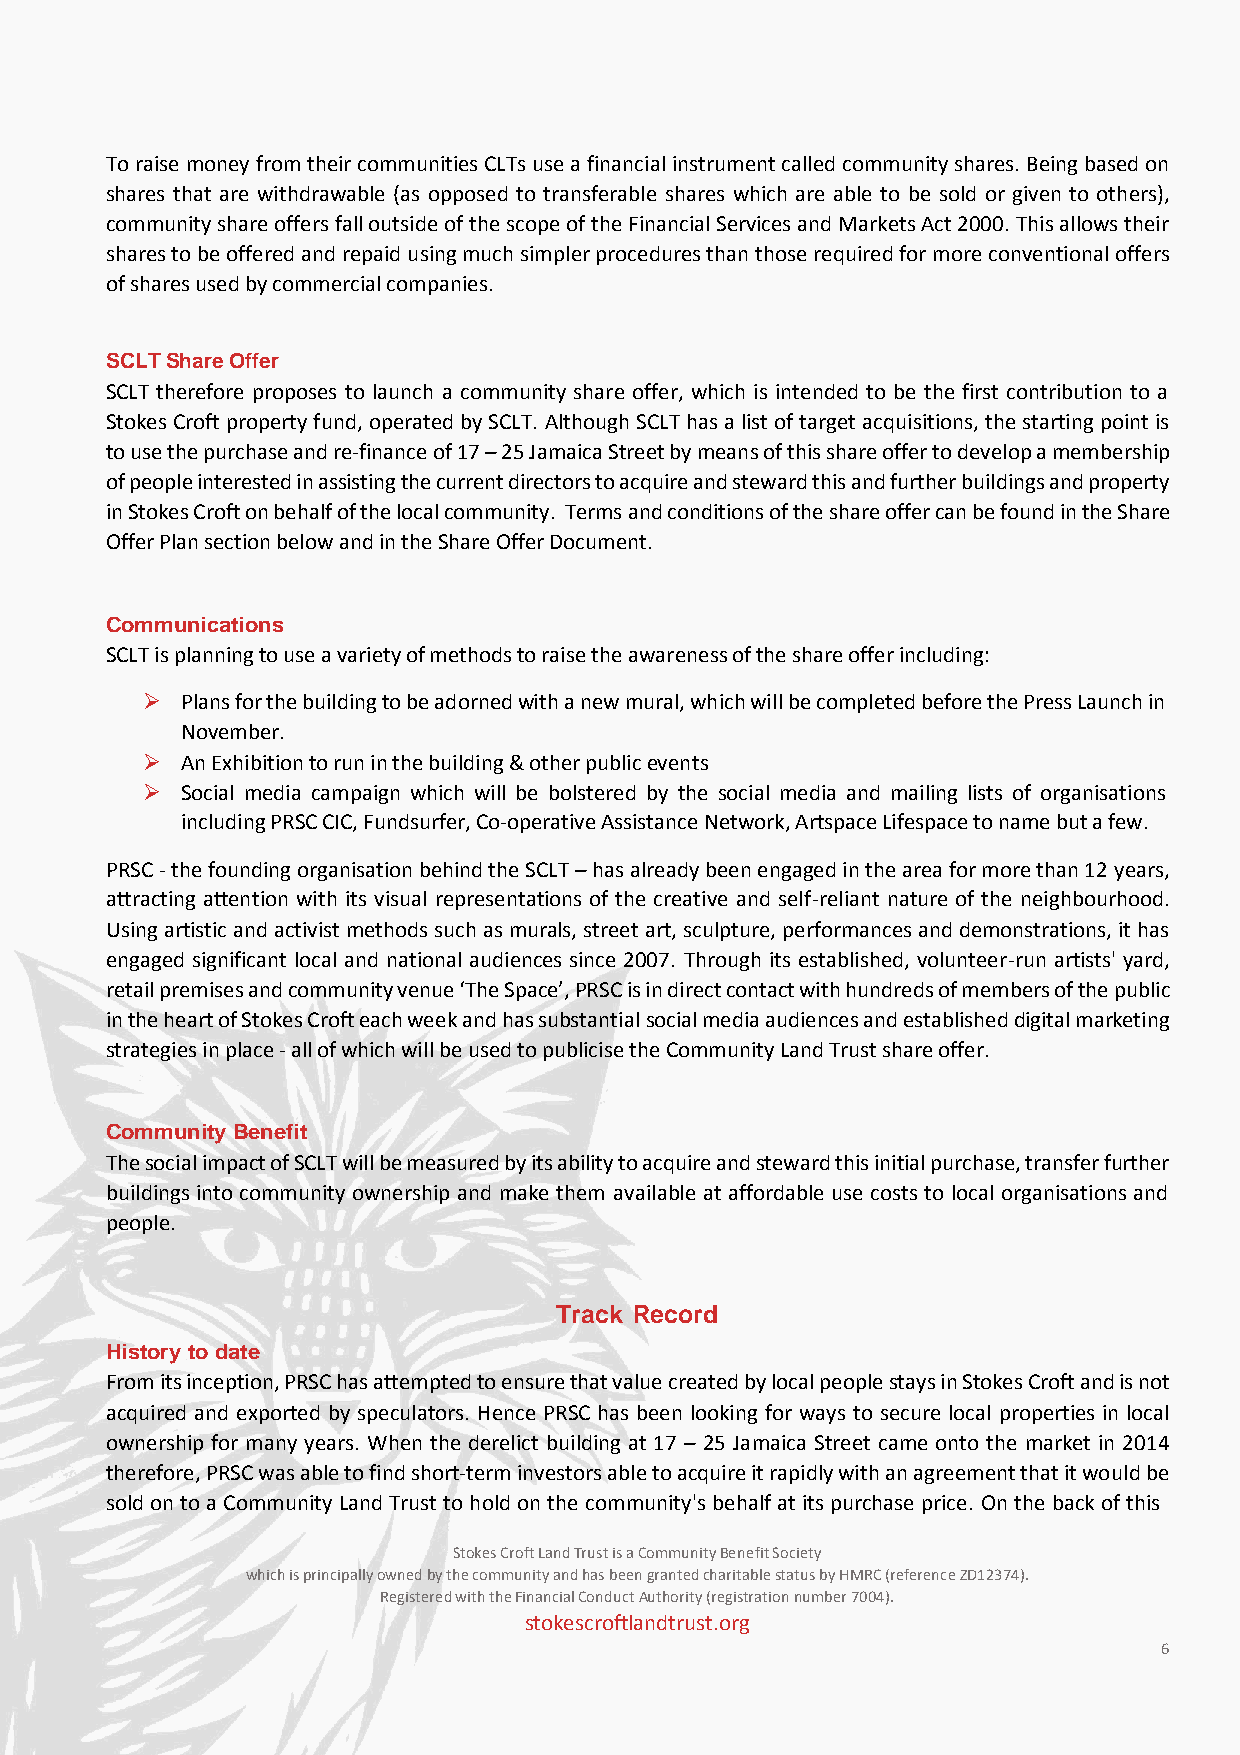
To raise money from their communities CLTs use a financial instrument called community shares. Being based on
 shares that are withdrawable (as opposed to transferable shares which are able to be sold or given to others),
 community share offers fall outside of the scope of the Financial Services and Markets Act 2000. This allows their
 shares to be offered and repaid using much simpler procedures than those required for more conventional offers
 of shares used by commercial companies.
 SCLT Share Offer
 SCLT therefore proposes to launch a community share offer, which is intended to be the first contribution to a
 Stokes Croft property fund, operated by SCLT. Although SCLT has a list of target acquisitions, the starting point is
 to use the purchase and re-finance of 17 – 25 Jamaica Street by means of this share offer to develop a membership
 of people interested in assisting the current directors to acquire and steward this and further buildings and property
 in Stokes Croft on behalf of the local community. Terms and conditions of the share offer can be found in the Share
 Offer Plan section below and in the Share Offer Document.
 Communications
 SCLT is planning to use a variety of methods to raise the awareness of the share offer including:
 ➢  Plans for the building to be adorned with a new mural, which will be completed before the Press Launch in
 November.
 ➢  An Exhibition to run in the building & other public events
 ➢  Social media campaign which will be bolstered by the social media and mailing lists of organisations
 including PRSC CIC, Fundsurfer, Co-operative Assistance Network, Artspace Lifespace to name but a few.
 PRSC - the founding organisation behind the SCLT – has already been engaged in the area for more than 12 years,
 attracting attention with its visual representations of the creative and self-reliant nature of the neighbourhood.
 Using artistic and activist methods such as murals, street art, sculpture, performances and demonstrations, it has
 engaged significant local and national audiences since 2007. Through its established, volunteer-run artists' yard,
 retail premises and community venue ‘The Space’, PRSC is in direct contact with hundreds of members of the public
 in the heart of Stokes Croft each week and has substantial social media audiences and established digital marketing
 strategies in place - all of which will be used to publicise the Community Land Trust share offer.
 Community Benefit
 The social impact of SCLT will be measured by its ability to acquire and steward this initial purchase, transfer further
 buildings into community ownership and make them available at affordable use costs to local organisations and
 people.
 Track Record
 History to date
 From its inception, PRSC has attempted to ensure that value created by local people stays in Stokes Croft and is not
 acquired and exported by speculators. Hence PRSC has been looking for ways to secure local properties in local
 ownership for many years. When the derelict building at 17 – 25 Jamaica Street came onto the market in 2014
 therefore, PRSC was able to find short-term investors able to acquire it rapidly with an agreement that it would be
 sold on to a Community Land Trust to hold on the community's behalf at its purchase price. On the back of this
 Stokes Croft Land Trust is a Community Benefit Society
 which is principally owned by the community and has been granted charitable status by HMRC (reference ZD12374).
 Registered with the Financial Conduct Authority (registration number 7004).
 stokescroftlandtrust.org
 6